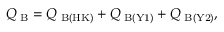
Q _ { \mathrm { \scriptsize ~ B } } = Q _ { \mathrm { \scriptsize ~ B ( H K ) } } + Q _ { \mathrm { \scriptsize ~ B ( Y 1 ) } } + Q _ { \mathrm { \scriptsize ~ B ( Y 2 ) } } ,